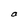
Character: a